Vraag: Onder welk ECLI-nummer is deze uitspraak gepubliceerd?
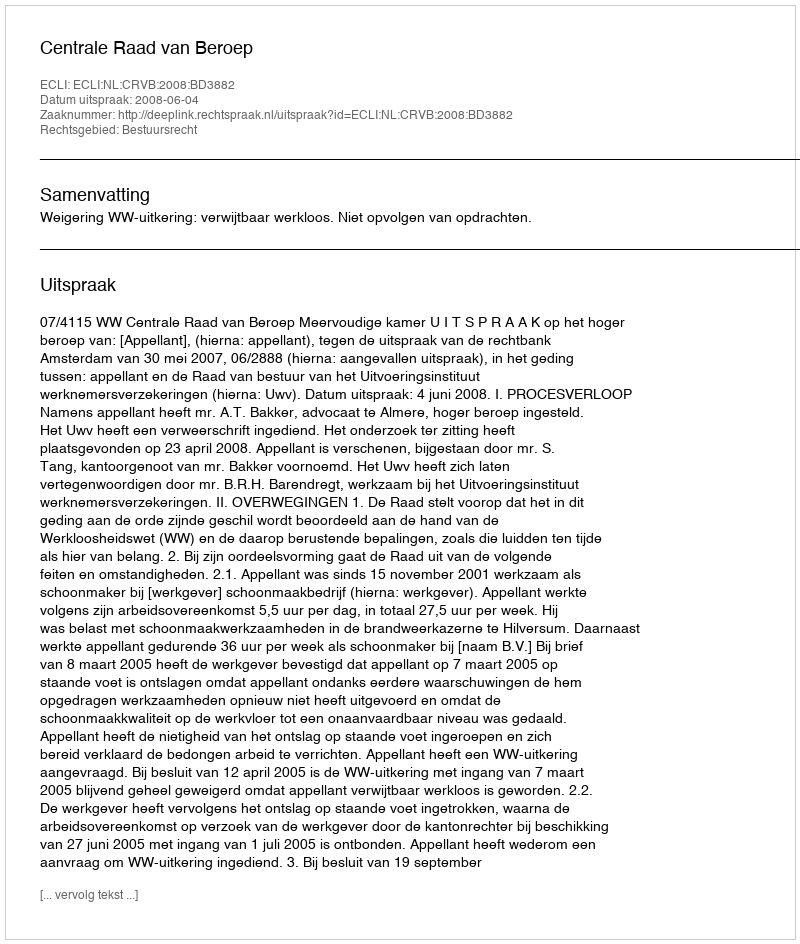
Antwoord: ECLI:NL:CRVB:2008:BD3882